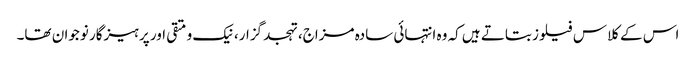
اس کے کلاس فیلوز بتاتے ہیں کہ وہ انتہائی سادہ مزاج، تہجد گزار، نیک و متقی اور پرہیزگار نوجوان تھا۔